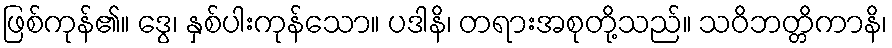
ဖြစ်ကုန်၏။ ဒွေ၊ နှစ်ပါးကုန်သော။ ပဒါနိ၊ တရားအစုတို့သည်။ သဝိဘတ္တိကာနိ၊